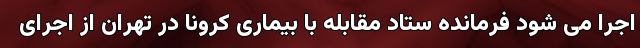
اجرا می شود فرمانده ستاد مقابله با بیماری کرونا در تهران از اجرای